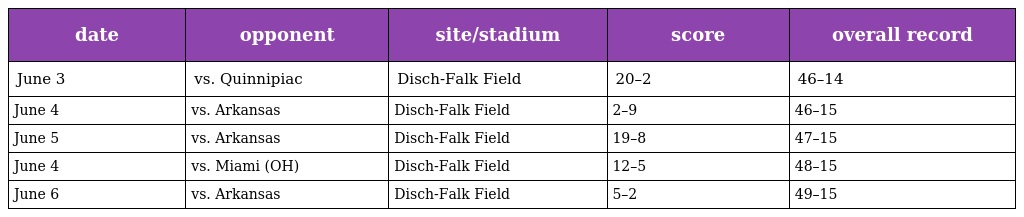
| date | opponent | site/stadium | score | overall record |
 | --- | --- | --- | --- | --- |
 | June 3 | vs. Quinnipiac | Disch-Falk Field | 20–2 | 46–14 |
 | June 4 | vs. Arkansas | Disch-Falk Field | 2–9 | 46–15 |
 | June 5 | vs. Arkansas | Disch-Falk Field | 19–8 | 47–15 |
 | June 4 | vs. Miami (OH) | Disch-Falk Field | 12–5 | 48–15 |
 | June 6 | vs. Arkansas | Disch-Falk Field | 5–2 | 49–15 |